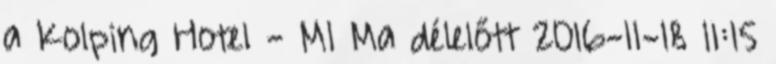
a Kolping Hotel - M1 Ma délelőtt 2016-11-18 11:15